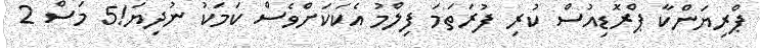
ޕްރިޔަންކާ ޕްރޮޑިއުސް ކުރި ފުރަތަމަ ފިލްމު އެކަކަށްވެސް ކަމަކު ނުދިޔަ!5 މަސް 2